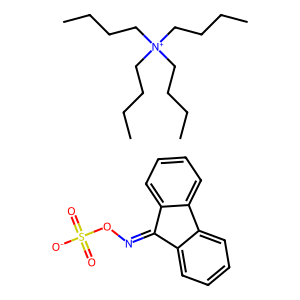
SMILES: CCCC[N+](CCCC)(CCCC)CCCC.O=S(=O)([O-])ON=C1c2ccccc2-c2ccccc21
Inhibits HIV replication: No